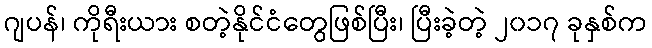
ဂျပန်၊ ကိုရီးယား စတဲ့နိုင်ငံတွေဖြစ်ပြီး၊ ပြီးခဲ့တဲ့ ၂၀၁၇ ခုနှစ်က